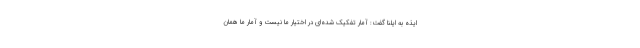
ایذه به ایلنا گفت: آمار تفکیک شده‌ای در اختیار ما نیست و آمار ما همان